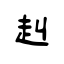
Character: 赳